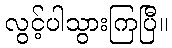
လွင့်ပါသွားကြပြီ။